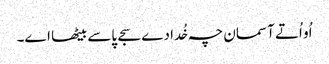
اُو اُتے آسمان چہ خُدا دے سجے پاسے بیٹھا اے۔